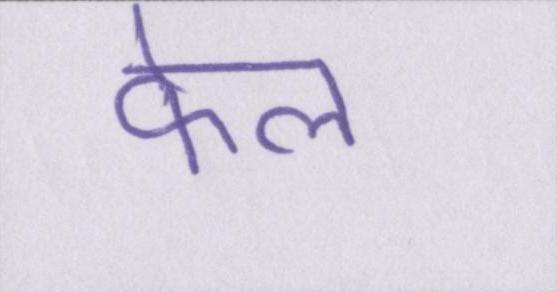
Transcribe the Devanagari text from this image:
फेल